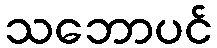
သဘောပင်